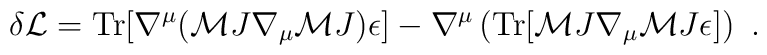
\delta{\cal L} = {\rm Tr}[\nabla^\mu({\cal M}J\nabla_\mu{\cal M}J)\epsilon] - \nabla^\mu \left({\rm Tr} [ {\cal M}J\nabla_\mu{\cal M}J\epsilon ] \right) \ .